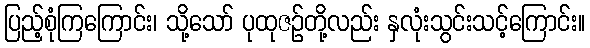
ပြည့်စုံကြကြောင်း၊ သို့သော် ပုထုဇဉ်တို့လည်း နှလုံးသွင်းသင့်ကြောင်း။